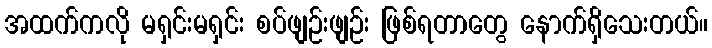
အထက်ကလို မရှင်းမရှင်း စပ်ဖျဉ်းဖျဉ်း ဖြစ်ရတာတွေ နောက်ရှိသေးတယ်။